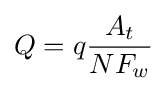
Q=q{\frac {A_{t}}{NF_{w}}}